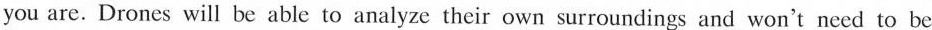
you are. Drones will be able to analyze their own surroundings and won't need to be